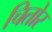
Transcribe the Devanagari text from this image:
चितोर